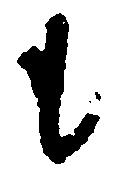
も